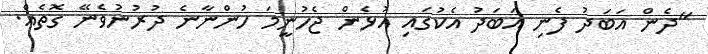
"ދެން އަބަދު ފެނި އަބަދު އެކުގައި އުޅެން ޖެހުނީމަ ހުންނާނެ ދުރުނުވެނޭ ގޮތެއް.